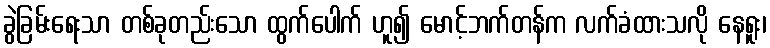
ခွဲခြမ်းရေးသာ တစ်ခုတည်းသော ထွက်ပေါက် ဟူ၍ မောင့်ဘက်တန်က လက်ခံထားသလို နေရူး၊